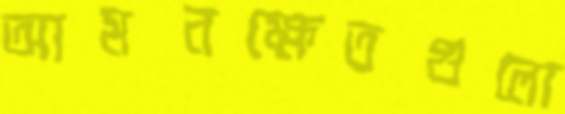
আমনক্ষেতগুলো